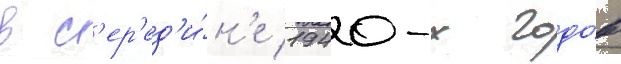
в с'ер'ед'и́н'е 1940-х годо́в